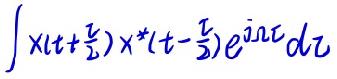
\(\int x(t+\frac{\tau}{2})x^*(t - \frac{\tau}{2})e^{j\omega \tau}d\tau\)